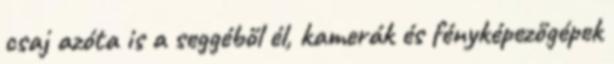
csaj azóta is a seggéből él, kamerák és fényképezőgépek